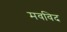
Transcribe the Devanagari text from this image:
मवविद